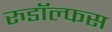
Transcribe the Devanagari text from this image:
रुडॉल्फस